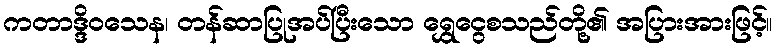
ကတာဒ္ဒိဝသေန၊ တန်ဆာပြုအပ်ပြီးသော ရွှေငွေစသည်တို့၏ အပြားအားဖြင့်။